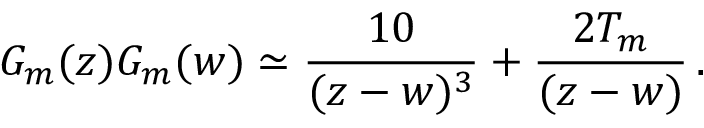
G _ { m } ( z ) G _ { m } ( w ) \simeq { \frac { 1 0 } { ( z - w ) ^ { 3 } } } + { \frac { 2 T _ { m } } { ( z - w ) } } \, .